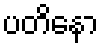
ပတိနော